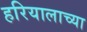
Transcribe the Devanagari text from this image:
हरियालाच्या